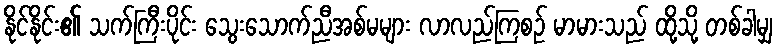
နိုင်နိုင်း၏ သက်ကြီးပိုင်း သွေးသောက်ညီအစ်မများ လာလည်ကြစဉ် မာမားသည် ထို့သို့ တစ်ခါမျှ